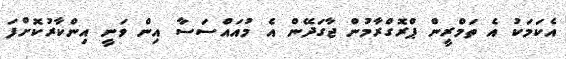
އެކަމަކު އެ ތަމްރީން ޕްރޮގްރާމުން ޖާގަދޭން އެ މުއައްސަސާ އިން ވަނީ އިންކާރުކޮށްފަ